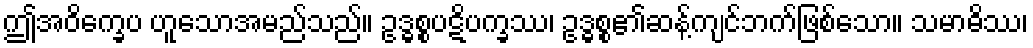
ဤအဝိက္ခေပ ဟူသောအမည်သည်။ ဥဒ္ဓစ္စပဋိပက္ခဿ၊ ဥဒ္ဓစ္စ၏ဆန့်ကျင်ဘက်ဖြစ်သော။ သမာဓိဿ၊